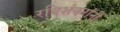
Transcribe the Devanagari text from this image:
रविशंकरांनी